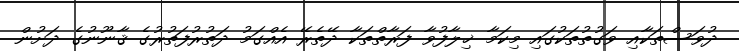
ދުވަސްތަކާއި ވަގުތުތަކުގައި މިކަމާ ޚިލާފުވާ ފަރާތްތަކާ ދޭތެރޭ އެއްގަމު ދަތުރުފަތުރުގެ ޤާނޫނުގެ ދަށުން